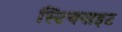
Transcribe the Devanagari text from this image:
स्टिबनाइट